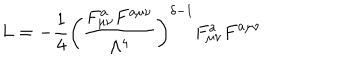
LaTeX: L = - \frac { 1 } { 4 } \left( \frac { F _ { \mu \nu } ^ { a } F ^ { a \mu \nu } } { \Lambda ^ { 4 } } \right) ^ { \delta - 1 } F _ { \mu \nu } ^ { a } F ^ { a \mu \nu }